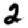
Digit: 2